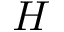
H